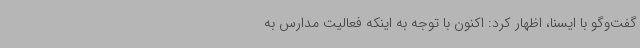
گفت‌وگو با ایسنا، اظهار کرد: اکنون با توجه به اینکه فعالیت مدارس به